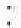
: